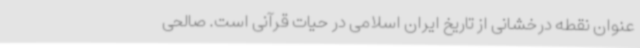
عنوان نقطه درخشانی از تاریخ ایران اسلامی در حیات قرآنی است. صالحی